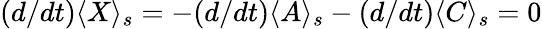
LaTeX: (d/dt)\langle X\rangle_{s}=-(d/dt)\langle A\rangle_{s}-(d/dt)\langle C\rangle_{s}=0